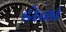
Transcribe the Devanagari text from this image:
डोळां